Bombay plague: being a history of the progress of plague in the Bombay presidency from September 1896 to June 1899
Year: 1896
Disease focus: Plague
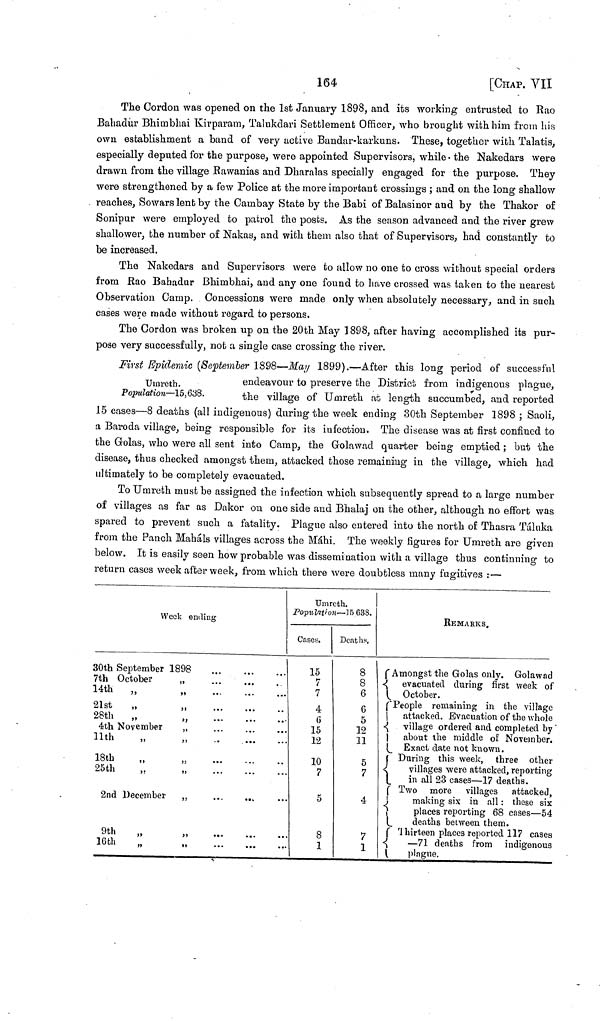
164
[CHAP. VII
The Cordon was opened on the 1st January 1898, and its working entrusted to Rao
Bahadur Bhimbhai Kirparam, Talukdari Settlement Officer, who brought with him from his
own establishment a band of very active Bandar-karkuns. These, together with Talatis,
especially deputed for the purpose, were appointed Supervisors, while · the Nakedars were
drawn from the village Rawanias and Dharalas specially engaged for the purpose. They
were strengthened by a few Police at the more important crossings ; and on the long shallow
reaches, Sowars lent by the Cambay State by the Babi of Balasinor and by the Thakor of
Sonipur were employed to patrol the posts. As the season advanced and the river grew
shallower, the number of Nakas, and with them also that of Supervisors, had constantly to
be increased.
The Nakedars and Supervisors were to allow no one to cross without special orders
from Rao Bahadur Bhimbhai, and any one found to have crossed was taken to the nearest
Observation Camp. Concessions were made only when absolutely necessary, and in such
cases were made without regard to persons.
The Cordon was broken up on the 20th May 1898, after having accomplished its pur-
pose very successfully, not a single case crossing the river.
Umreth.
Population—15,638.
First Epidemic (Sevtemler 1898—May 1899).—After this long period of successful
endeavour to preserve the District from indigenous plague,
the village of Umreth at length succumbed, and reported
15 cases—8 deaths (all indigenous) during the week ending 30th September 1898 ; Saoli,
a Baroda village, being responsible for its infection. The disease was at first confined to
the Golas, who were all sent into Camp, the Golawad quarter being emptied ; but the
disease, thus checked amongst them, attacked those remaining in the village, which had
ultimately to be completely evacuated.
To Umreth must be assigned the infection which subsequently spread to a large number
of villages as far as Dakor on one side and B'halaj on the other, although no effort was
spared to prevent such a fatality. Plague also entered into the north of Thasra Táluka
from the Panch Mahals villages across the Máhi. The weekly figures for Umreth are given
below. It is easily seen how probable was dissemination with a village thus continuing to
return cases week after week, from which there were doubtless many fugitives : —
Week ending
30th September 1898
7th October
14th
„
21st ,,
28th ,,
4th November
11th
,,
18th
25th 25th
,,
2nd December
9th
16th ,,
16th
,,
)>
,,
,,
»
,,
»
>5
,,
,,
,,
,,
...
...
...
...
...
··
• . ·
...
.·.
...
...
...
...
...
...
...
...
··
..·
...
...
...
" *
...
* *
...
Umreth.
Population— 15 638.
Case,s.
15
7
7
15
15
12
12
10
7 (
5
0
ο
Deaths.
8
8
6
12 i¿
5
ο
7 ι
4
7
7
REMARKS.
Amongst the Golas only. Golawad
evacuated during first week of
October.
People
remaining in the village
attacked. Evacuation of the whole
village ordered and completed by
about the middle of November.
Exact date not known.
During this week, three other
villages were attacked, reporting
in all 23 cases — 17 deaths.
Τwο more
villages
attacked,
making six in all : these six
places reporting 68 cases — 54
deaths between them.
Thirteen
places reported 117 cases
— 71 deaths from
indigenous
plague.